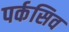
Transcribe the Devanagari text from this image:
पर्कसिव